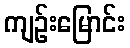
ကျဉ်းမြောင်း